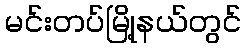
မင်းတပ်မြို့နယ်တွင်